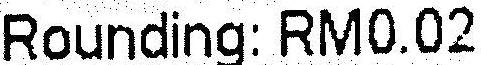
ROUNDING: RM0.02